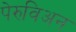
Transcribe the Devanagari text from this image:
पेरुविअन